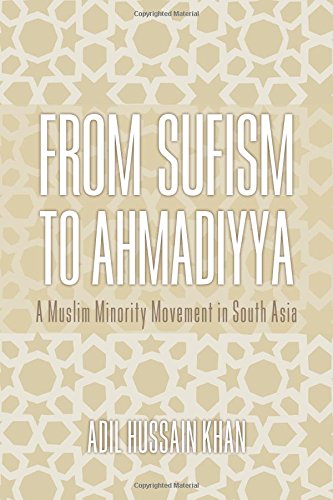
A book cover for From Sufism to Ahmadiyya: A Muslim Minority Movement in South Asia; Adil Hussain Khan; Religion & Spirituality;